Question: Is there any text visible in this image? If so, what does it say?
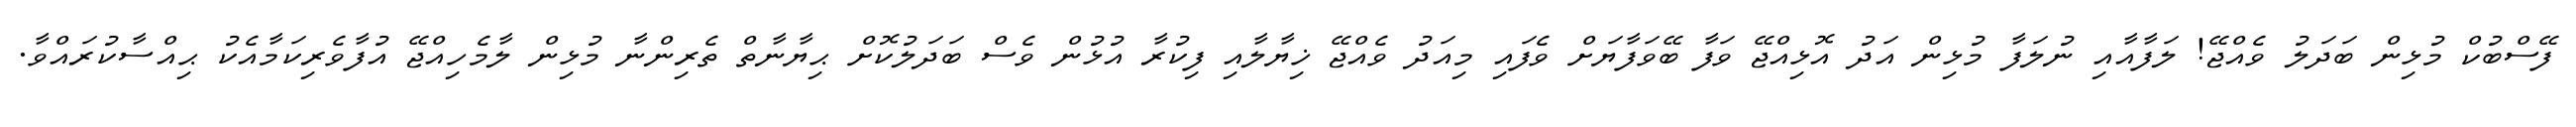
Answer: ފޭސްބުކް މުޅިން ބަދަލު ވެއްޖޭ! ލަފާއާއި ނުލަފާ މުޅިން އަދު އޮޅިއްޖޭ ވަފާ ބޭވަފާޔަށް ވެފައި މިއަދު ވެއްޖޭ ޚިޔާލާއި ފިކުރާ އުޅުން ވެސް ބަދަލުކޮށް ޙިޔާނާތް ތެރިންނާ މުޅިން ލާމެހިއްޖޭ އުފާވެރިކަމާއެކު ޙިއްސާކުރައްވާ.